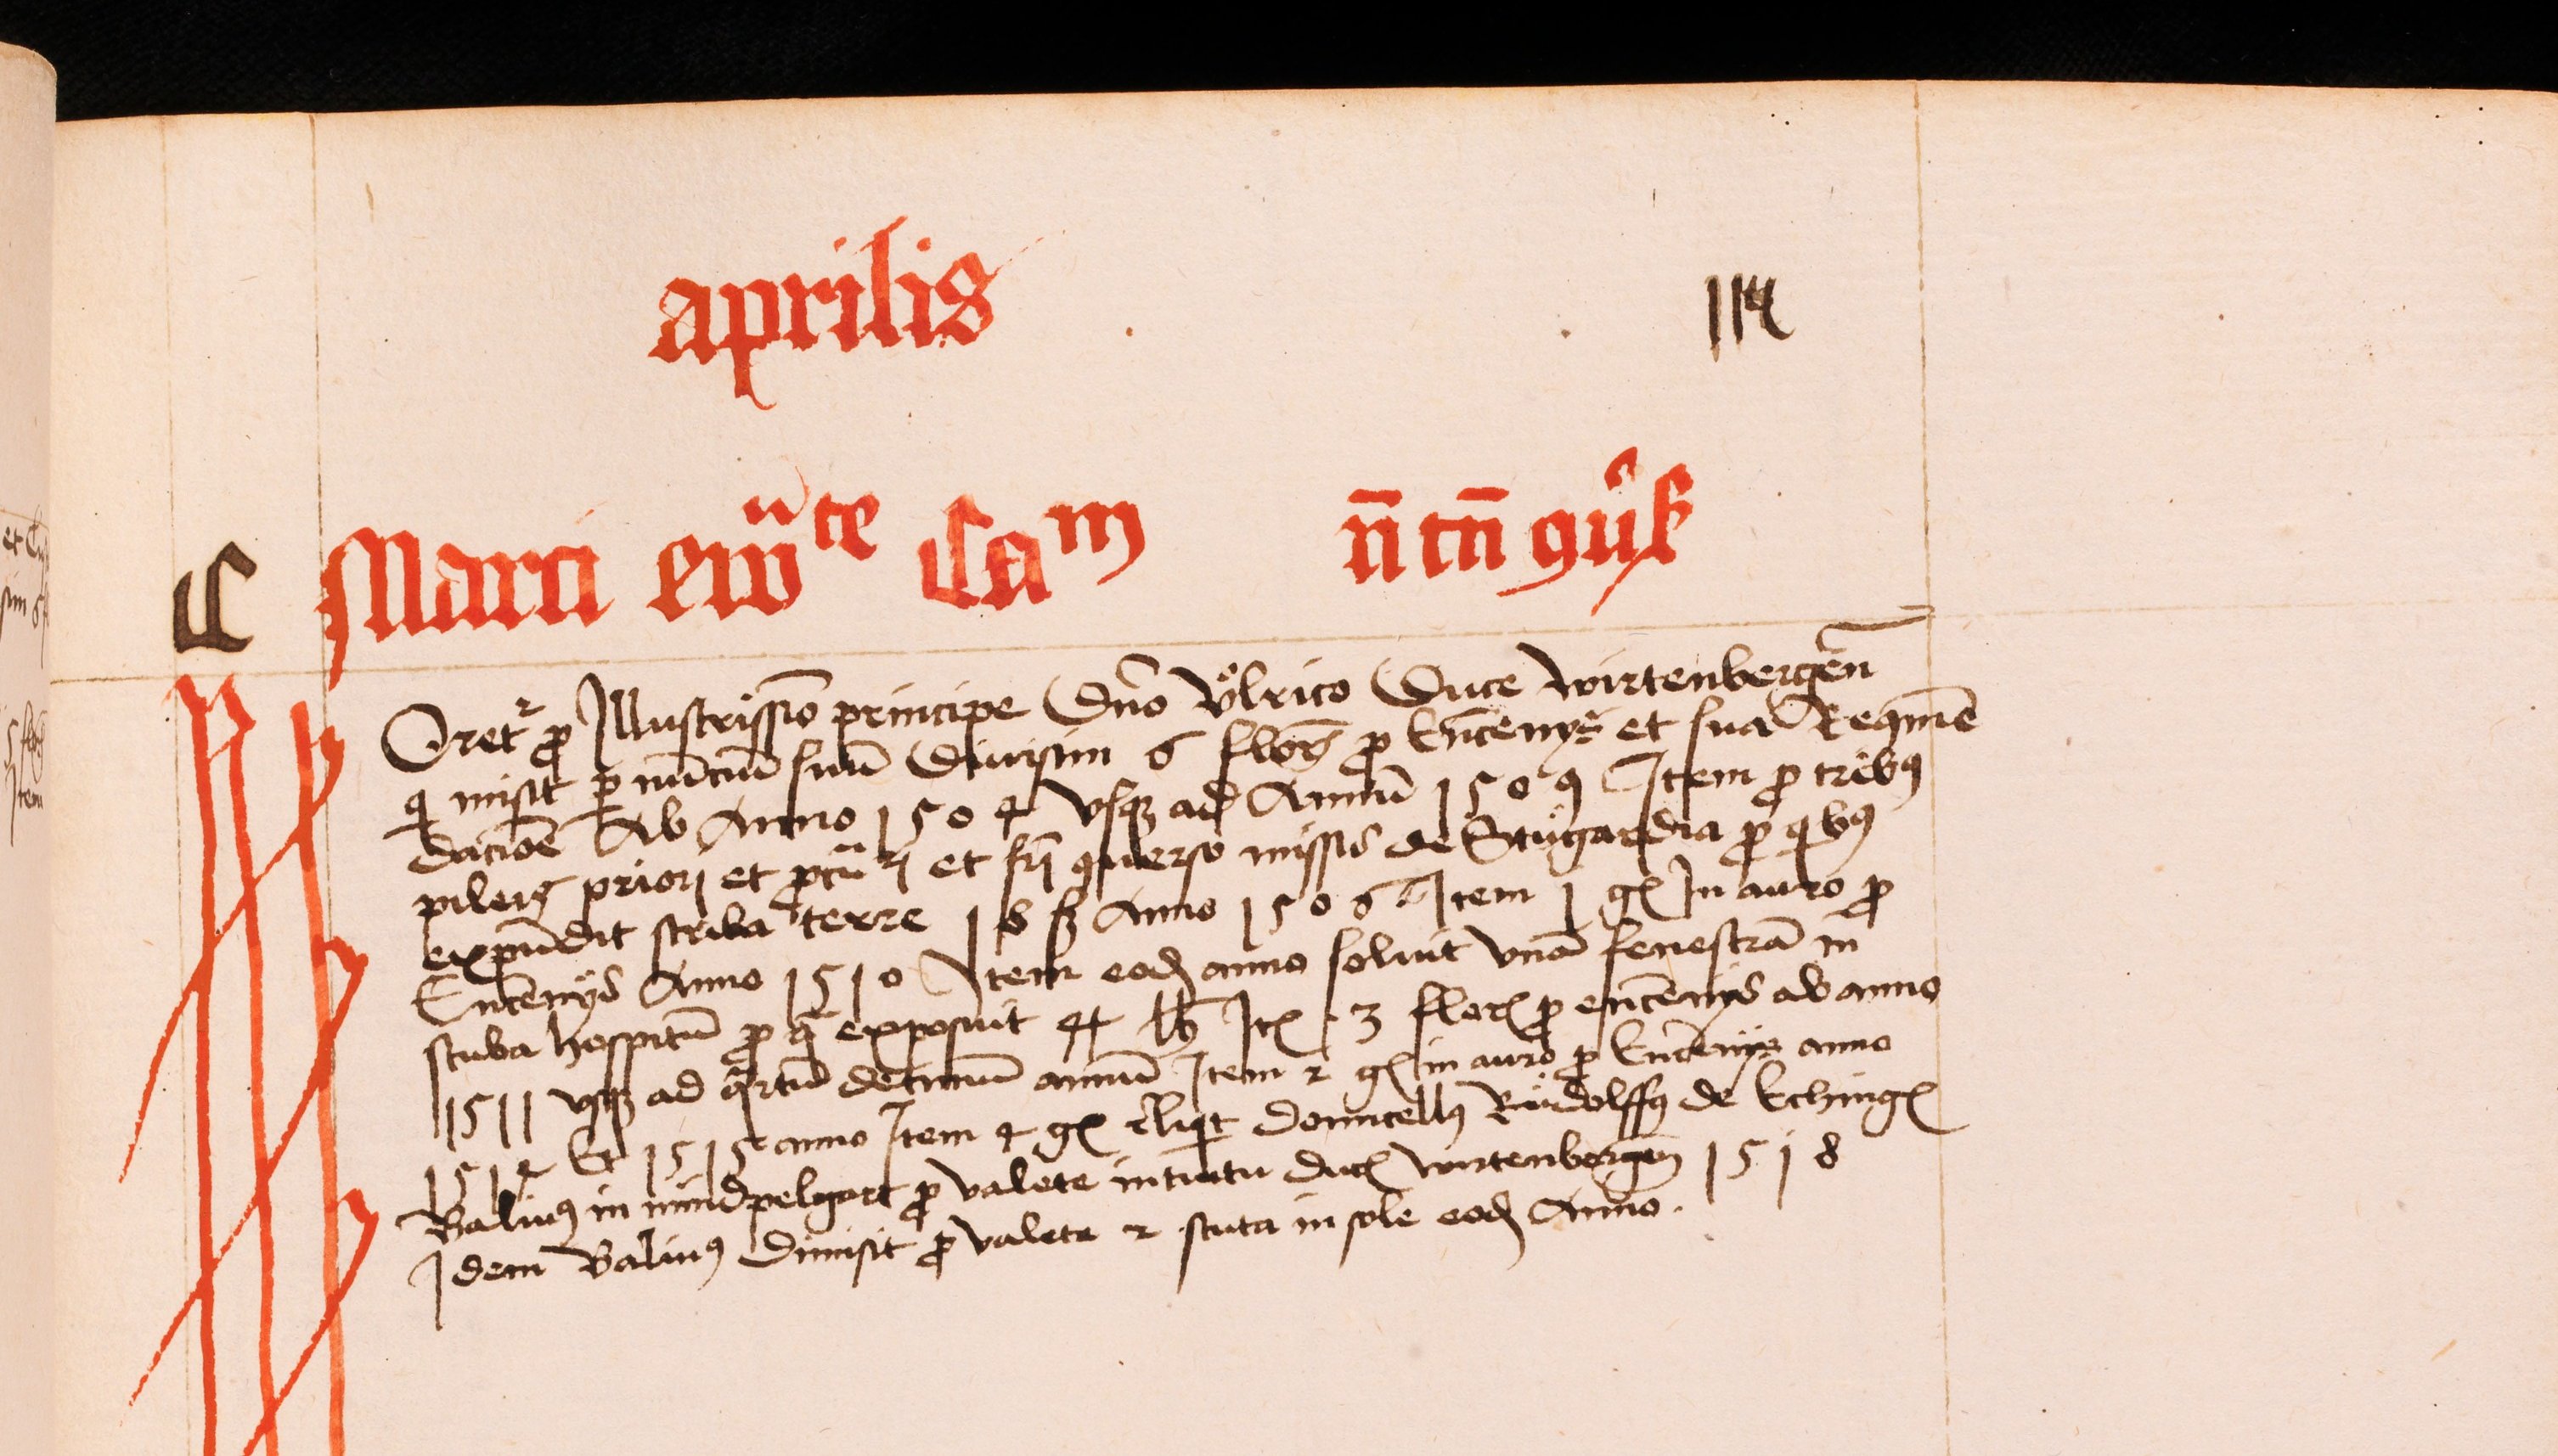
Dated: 1430–1520